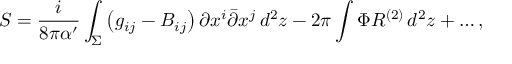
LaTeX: S = \frac i { 8 \pi \alpha ^ { \prime } } \int _ { \Sigma } \left( g _ { i j } - B _ { i j } \right) \partial x ^ { i } \bar { \partial } x ^ { j } \, d ^ { 2 } z - 2 \pi \int \Phi R ^ { ( 2 ) } \, d ^ { 2 } z + \ldots ,